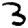
Digit: 3